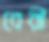
বেরী